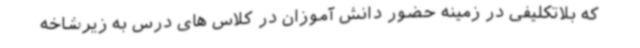
که بلاتکلیفی در زمینه حضور دانش آموزان در کلاس های درس به زیرشاخه